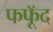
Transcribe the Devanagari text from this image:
फफूॅद